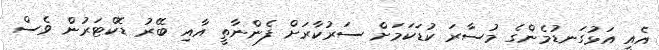
އެއީ އަޅުގަނޑުމެންގެ މުސާރަ ކުޑަކަމަށް ސަރުކާރަށް ފެންނާތީ އާއި ބޭރު ޑޮކްޓަރުން ވެސް